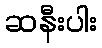
ဆနီးပါး